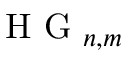
\mathrm { ~ H ~ G ~ } _ { n , m }